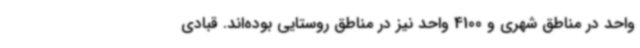
واحد در مناطق شهری و 4100 واحد نیز در مناطق روستایی بوده‌اند. قبادی